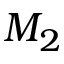
M _ { 2 }